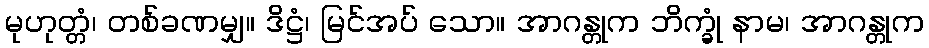
မုဟုတ္တံ၊ တစ်ခဏမျှ။ ဒိဋ္ဌံ၊ မြင်အပ် သော။ အာဂန္တုက ဘိက္ခုံ နာမ၊ အာဂန္တုက